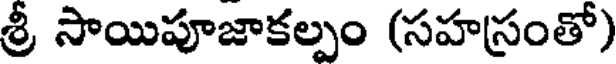
శ్రీ సాయిపూజాకల్పం (సహస్రంతో)